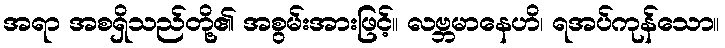
အရာ အစရှိသည်တို့၏ အစွမ်းအားဖြင့်။ လဗ္ဘမာနေဟိ၊ ရအပ်ကုန်သော။